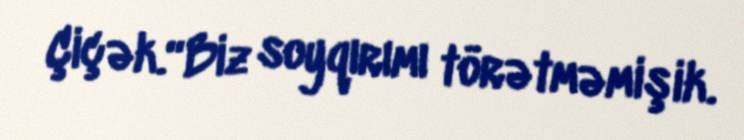
Çiçək.“Biz soyqırımı törətməmişik.